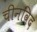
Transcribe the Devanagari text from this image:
चीनविद